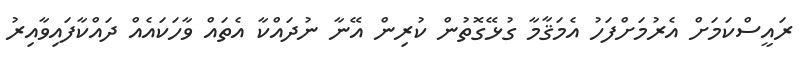
ރައީސްކަމަށް އެރުމަށްފަހު އެމަޤާމާ ގުޅޭގޮތުން ކުރިން އޭނާ ނުދައްކާ އެތައް ވާހަކައެއް ދައްކާފައިވާއިރު